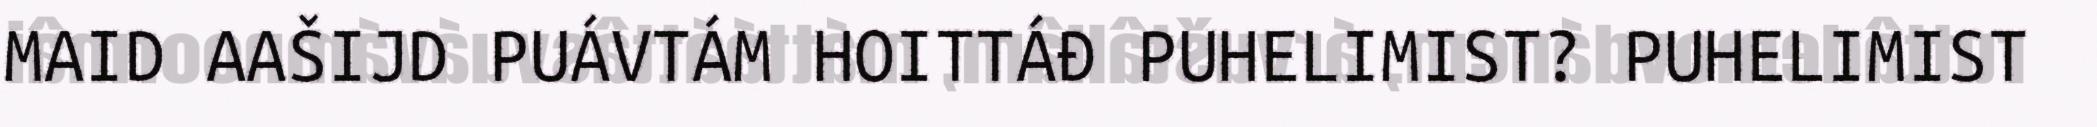
MAID AAŠIJD PUÁVTÁM HOITTÁĐ PUHELIMIST? PUHELIMIST